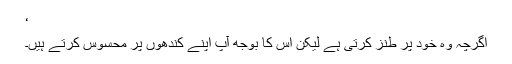
‘
اگرچہ وہ خود پر طنز کرتی ہے لیکن اس کا بوجھ آپ اپنے کندھوں پر محسوس کرتے ہیں۔